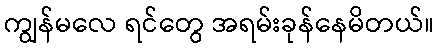
ကျွန်မလေ ရင်တွေ အရမ်းခုန်နေမိတယ်။